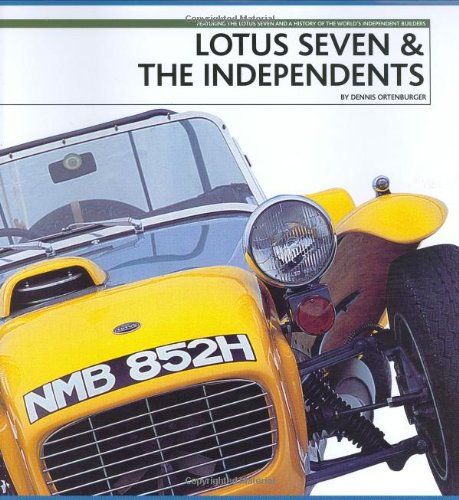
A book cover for Lotus Seven & the Independents; Dennis Ortenburger; Engineering & Transportation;